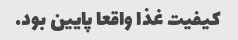
کیفیت غذا واقعا پایین بود.